Triennial report on the lunatic asylums in the province of Eastern Bengal and Assam - 1903-1911
Year: 1903
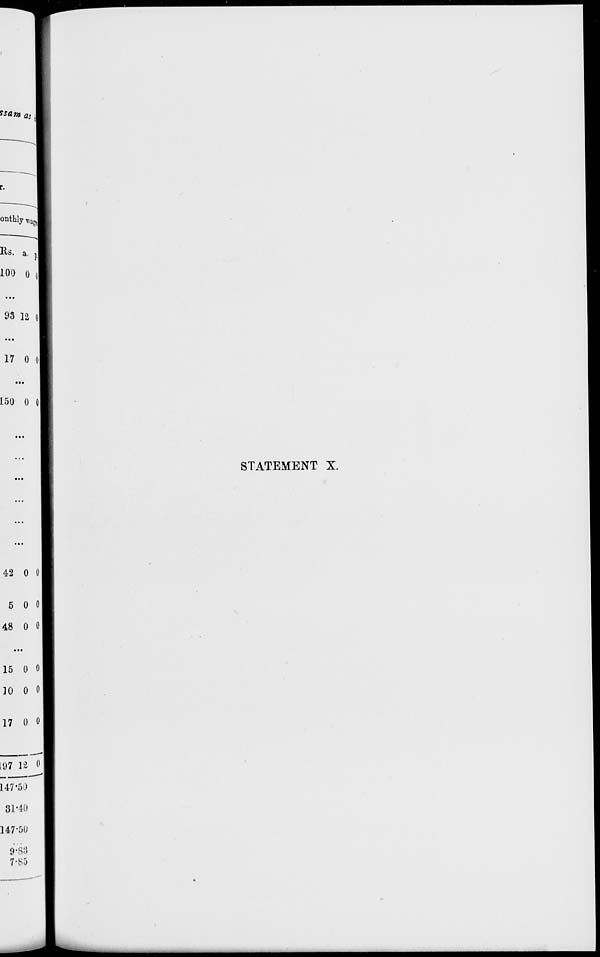
STATEMENT X.